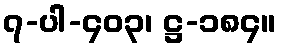
၇-ပါ-၄၀၃၊ ဋ္ဌ-၁၈၄။